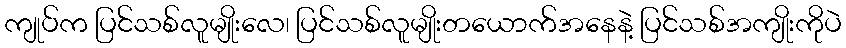
ကျုပ်က ပြင်သစ်လူမျိုးလေ၊ ပြင်သစ်လူမျိုးတယောက်အနေနဲ့ ပြင်သစ်အကျိုးကိုပဲ